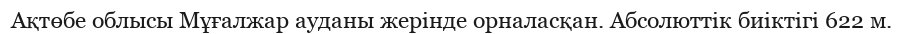
Ақтөбе облысы Мұғалжар ауданы жерінде орналасқан. Абсолюттік биіктігі 622 м.